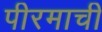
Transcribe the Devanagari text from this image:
पीरमाची